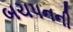
બચપનની